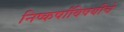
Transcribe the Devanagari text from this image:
निष्कर्षांविषयीचे